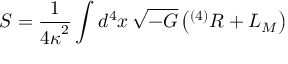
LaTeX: { \cal S } = \frac { 1 } { { 4 \kappa } ^ { 2 } } \int d ^ { 4 } x \, \sqrt { - G } \left( { } ^ { ( 4 ) } R + { \cal L } _ { \cal M } \right)